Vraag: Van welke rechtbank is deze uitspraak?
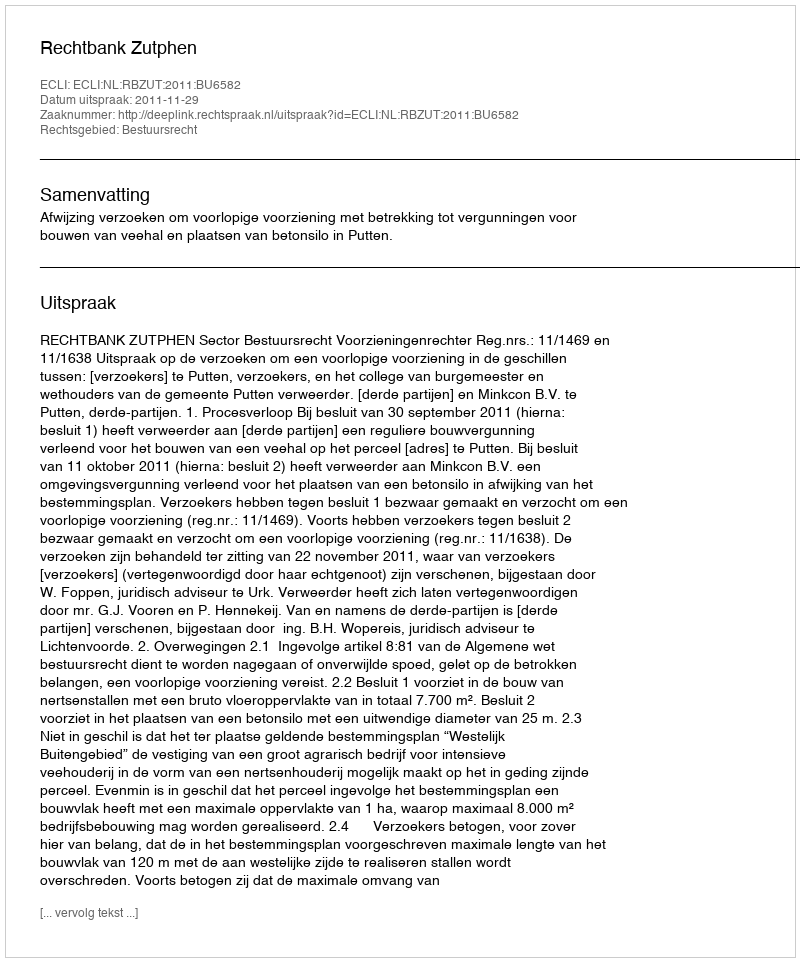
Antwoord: Rechtbank Zutphen